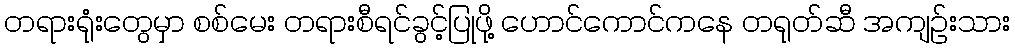
တရားရုံးတွေမှာ စစ်မေး တရားစီရင်ခွင့်ပြုဖို့ ဟောင်ကောင်ကနေ တရုတ်ဆီ အကျဉ်းသား